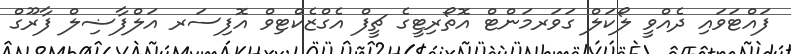
ފައްޓަވައި ދެއްވީ ލޯކަލް ގަވަރމަންޓް އޮތޯރިޓީގެ ޗީފް އެގްޒެކްޓިވް އޮފިސަރ އަލްފާޟިލް ފާރޫގް